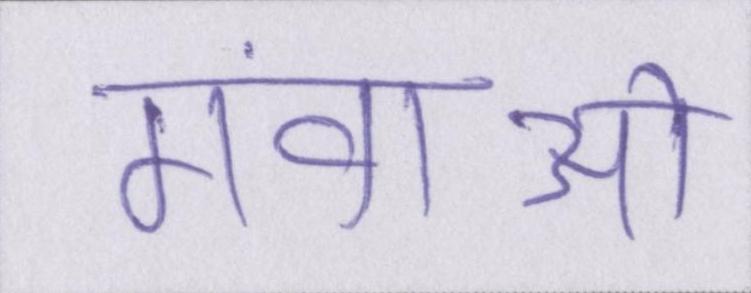
गंवाओ